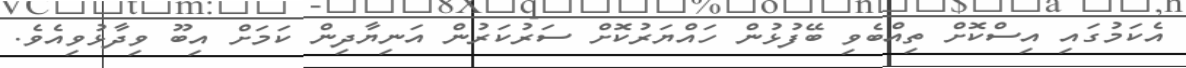
އެކަމުގައި އިސްކޮށް ތިއްބެވި ބޭފުޅުން ހައްޔަރުކޮށް ސަރުކަރުން އަނިޔާދިން ކަމަށް އިބޫ ވިދާޅުވިއެވެ.